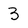
Character: 3